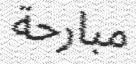
مبارحة